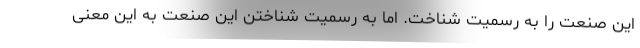
این صنعت را به رسمیت شناخت. اما به رسمیت شناختن این صنعت به این معنی